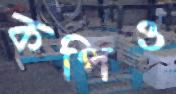
কপিও